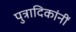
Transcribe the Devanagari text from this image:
पुत्रादिकांनीं